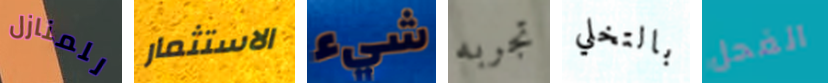
للمنازل الاستثمار شيء تجربه بالتخلي الفحل